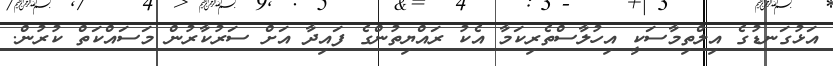
އަޅުގަނޑުގެ އިލްތިމާސަކީ އިހުލާސްތެރިކަމާ އެކު ރައްޔިތުންގެ ފައިދާ އަށް ސަރުކާރުން މަސައްކަތް ކުރުން.